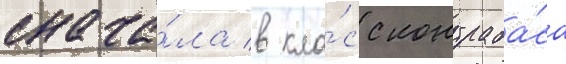
снача́ла в кла́сс контраба́са